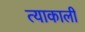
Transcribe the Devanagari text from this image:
त्याकाली